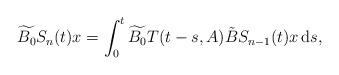
LaTeX: \begin{align*} \widetilde{B_0}S_{n}(t)x=\int_0^t \widetilde{B_0}T(t-s,A)\tilde{B}S_{n-1}(t)x\,\mathrm{d}s,\end{align*}